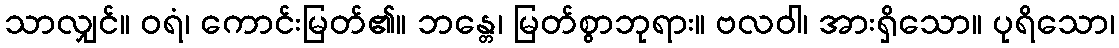
သာလျှင်။ ဝရံ၊ ကောင်းမြတ်၏။ ဘန္တေ၊ မြတ်စွာဘုရား။ ဗလဝါ၊ အားရှိသော။ ပုရိသော၊